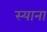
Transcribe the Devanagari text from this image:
स्‍याना